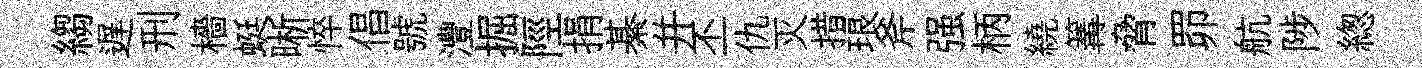
縐遅刑檣蜓晰悴倡號灃掘陘捐綦并丕仇灭措琅斧强柄繞篝脅𦊑航陟緫